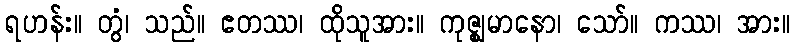
ရဟန်း။ တွံ၊ သည်။ ဧတဿ၊ ထိုသူအား။ ကုဇ္ဈမာနော၊ သော်။ ကဿ၊ အား။